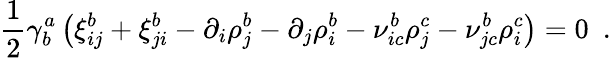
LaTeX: {\frac{1}{2}}\gamma_{b}^{a}\left(\xi_{ij}^{b}+\xi_{ji}^{b}-\partial_{i}\rho_{j}^{b}-\partial_{j}\rho_{i}^{b}-\nu_{ic}^{b}\rho_{j}^{c}-\nu_{jc}^{b}\rho_{i}^{c}\right)=0\, \, \, .